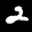
Label: 2